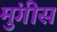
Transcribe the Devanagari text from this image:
मुंगीस